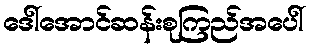
ဒေါ်အောင်ဆန်းစုကြည်အပေါ်